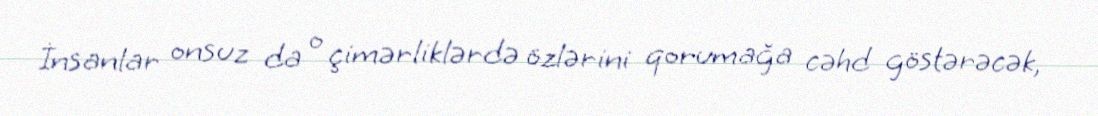
İnsanlar onsuz da o çimərliklərdə özlərini qorumağa cəhd göstərəcək,